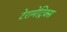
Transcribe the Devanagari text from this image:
टेरामेट्रिक्स